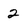
Character: 2